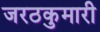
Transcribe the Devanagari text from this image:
जरठकुमारी